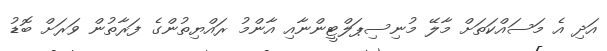
އަދި އެ މަސައްކަތަށް މާލޭ މުނިސިޕަލްޓީންނާއި އާންމު ރައްޔިތުންގެ ފަރާތުން ވަރަށް ބޮޑު